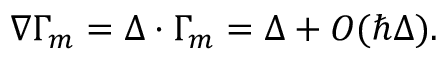
\nabla \Gamma _ { m } = \Delta \cdot \Gamma _ { m } = \Delta + O ( \hbar \Delta ) .